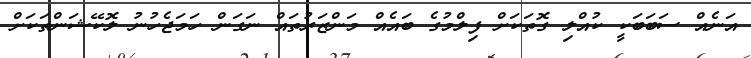
އަނެއް ސަބަބަކީ ކުއްލި ގޮތަކަށް ފިލްމުގެ ބައެއް މަންޒަރުތައް ނަގަން ހަމަޖެހުނު ލޮކޭޝަންތަކަށް